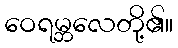
ဝေရမ္ဘလေတို့၏။